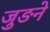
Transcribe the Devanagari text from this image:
जुङने